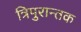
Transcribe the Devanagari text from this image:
त्रिपुरान्तक